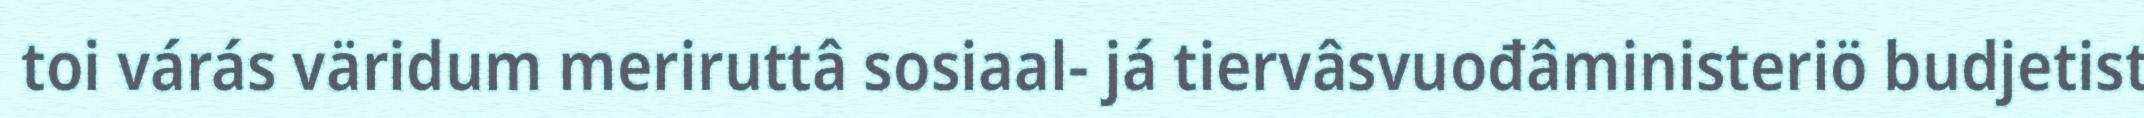
toi várás väridum meriruttâ sosiaal- já tiervâsvuođâministeriö budjetist